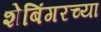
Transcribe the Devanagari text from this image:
शेबिंगरच्या